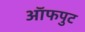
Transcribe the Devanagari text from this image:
ऑफपुट